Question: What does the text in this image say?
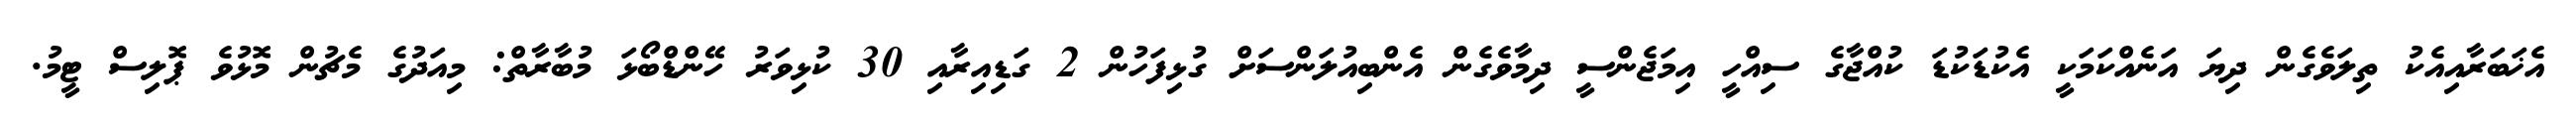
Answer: އެޚަބަރާއިއެކު ތިލަވެގެން ދިޔަ އަނެއްކަމަކީ އެކުޑަކުޑަ ކުއްޖާގެ ސިއްހީ އިމަޖެންސީ ދިމާވެގެން އެންބިއުލަންސަށް ގުޅިފަހުން 2 ގަޑިއިރާއި 30 ކުޅިވަރު ހޭންޑްބޯޅަ މުބާރާތް: މިއަދުގެ މެޗުން މޮޅުވެ ޕޮލިސް ޓީމު.